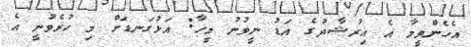
އެހެންވީމާ އެ އިރުޝާދުގެ އަޑު ނީވުނު މީހާ: އަޅުގަނޑަށް މި ހުރެވުނީ އެ